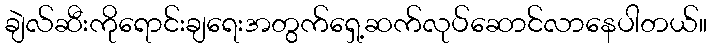
ချဲလ်ဆီးကိုရောင်းချရေးအတွက်ရှေ့ဆက်လုပ်ဆောင်လာနေပါတယ်။